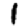
Digit: 1